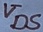
Text: VDS